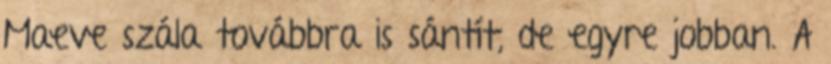
Maeve szála továbbra is sántít, de egyre jobban. A